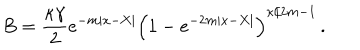
B = { \frac { \kappa \gamma } { 2 } } e ^ { - m | x - X | } \left( 1 - e ^ { - 2 m | x - X | } \right) ^ { \kappa / 2 m - 1 } \, .